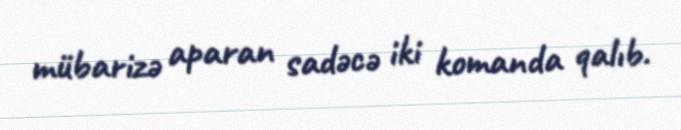
mübarizə aparan sadəcə iki komanda qalıb.